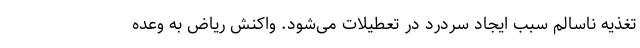
تغذیه ناسالم سبب ایجاد سردرد در تعطیلات می‌شود. واکنش ریاض به وعده